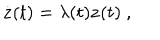
LaTeX: \dot { \bf z } ( t ) = \lambda ( t ) { \bf z } ( t ) \ ,